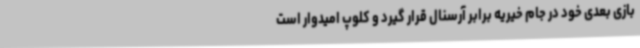
بازی بعدی خود در جام خیریه برابر آرسنال قرار گیرد و کلوپ امیدوار است